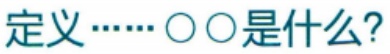
定义……〇〇是什么?